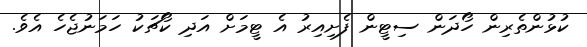
ކުޅުންތެރިން ހޯދަން ސިޓީން ފެށިއިރު އެ ޓީމަށް އަދި ކޯޗަކު ހަމަނުޖެހެ އެވެ.